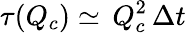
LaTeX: \tau(Q_{c})\simeq\, Q_{c}^{2}\, \Delta t